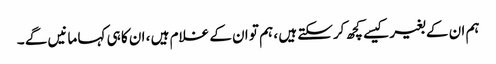
ہم ان کے بغیر کیسے کچھ کرسکتے ہیں ، ہم تو ان کے غلام ہیں ، ان کا ہی کہا مانیں گے ۔